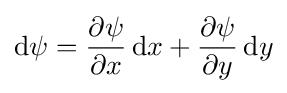
\mathrm {d} \psi ={\frac {\partial \psi }{\partial x}}\,\mathrm {d} x+{\frac {\partial \psi }{\partial y}}\,\mathrm {d} y